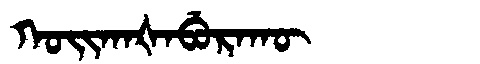
Manchu: ᡴᠣᡳᡴᠠᡧᠠᠪᡠᡵᠠᡴᡡ
Romanization: KOIKAŠABURAKŪ